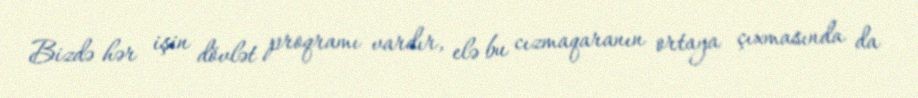
Bizdə hər işin dövlət proqramı vardır, elə bu cızmaqaranın ortaya çıxmasında da